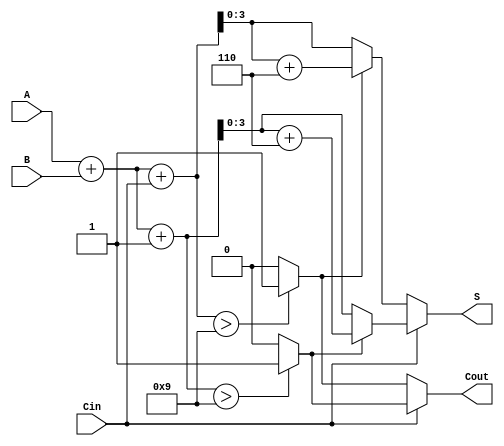
module BCD_MCSA (
    input  [3:0] A,        // 4-bit BCD input A
    input  [3:0] B,        // 4-bit BCD input B
    input        Cin,       // Carry-in bit
    output [3:0] S,        // 4-bit BCD sum output
    output       Cout       // Carry-out bit
);

    // Intermediate sums and carries
    wire [4:0] S0, S1;     // 5-bit to accommodate carry
    wire C0, C1;           // Carry out for Cin = 0 and Cin = 1
    wire [4:0] Sum0, Sum1; // Intermediate sums with correction
    wire Correction0, Correction1;

    // Compute initial sums
    assign S0 = A + B + Cin;           // Sum when Cin = 0
    assign S1 = A + B + 1'b1;           // Sum when Cin = 1

    // Determine carry out based on BCD valid range
    assign C0 = (S0 > 4'd9) ? 1'b1 : 1'b0; // Carry out for S0
    assign C1 = (S1 > 4'd9) ? 1'b1 : 1'b0; // Carry out for S1

    // Apply BCD correction if necessary
    assign Sum0 = C0 ? (S0 + 5'd6) : S0; // Corrected sum for Cin = 0
    assign Sum1 = C1 ? (S1 + 5'd6) : S1; // Corrected sum for Cin = 1

    // Select final sum and carry out based on Cin
    assign S = (Cin) ? Sum1[3:0] : Sum0[3:0]; // Final output sum
    assign Cout = (Cin) ? C1 : C0;            // Final carry out

endmodule